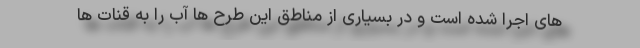
های اجرا شده است و در بسیاری از مناطق این طرح ها آب را به قنات ها